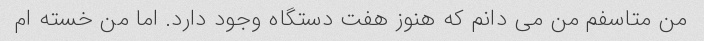
من متاسفم من می دانم که هنوز هفت دستگاه وجود دارد. اما من خسته ام